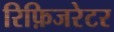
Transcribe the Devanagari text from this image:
रिफ़िजरेटर